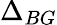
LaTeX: \Delta_{BG}